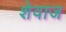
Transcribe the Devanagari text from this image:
शेवाज